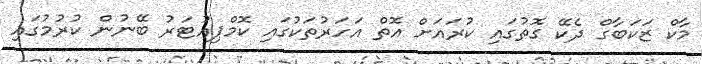
މާކް ޒަކަބާގް ދެކޭ ގޮތުގައި ކުރައަށް އޮތް އަހަރުތަކުގައި ކޮމްޕިއުޓަރު ބޭނުން ކުރުމުގައި